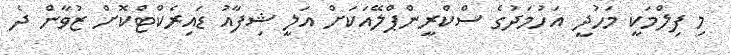
މި ފިލްމަކީ މަހުދީ އަހުމަދުގެ ސްކްރީންޕްލޭއަކަށް އަލީ ޝިފާއު ޑައިރެކްޓްކޮށް ޒުވާން ދެ